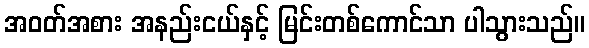
အဝတ်အစား အနည်းငယ်နှင့် မြင်းတစ်ကောင်သာ ပါသွားသည်။